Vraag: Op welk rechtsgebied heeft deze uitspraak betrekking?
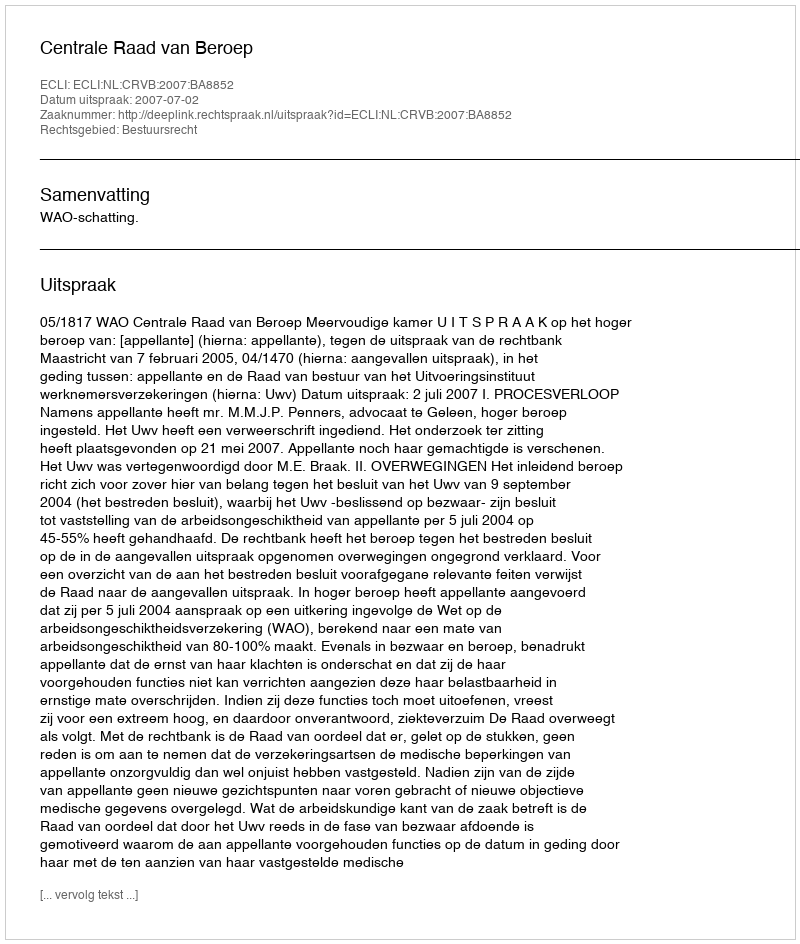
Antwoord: Bestuursrecht